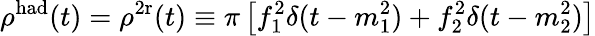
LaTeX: \rho^{\mathrm{had}}(t)=\rho^{\mathrm{2r}}(t)\equiv\pi\left[f_{1}^{2}\delta(t-m_{1}^{2})+f_{2}^{2}\delta(t-m_{2}^{2})\right]